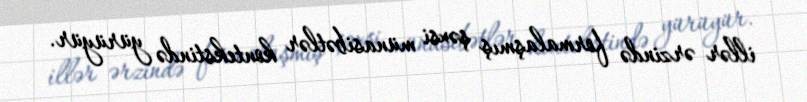
illər ərzində formalaşmış şəxsi münasibətlər kontekstində yürüyür.